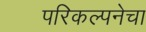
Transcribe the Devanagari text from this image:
परिकल्पनेचा